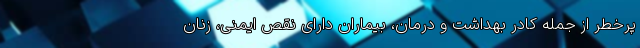
پرخطر از جمله کادر بهداشت و درمان، بیماران دارای نقص ایمنی، زنان